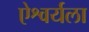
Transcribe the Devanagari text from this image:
ऐश्वर्यला